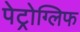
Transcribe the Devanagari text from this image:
पेट्रोग्लिफ